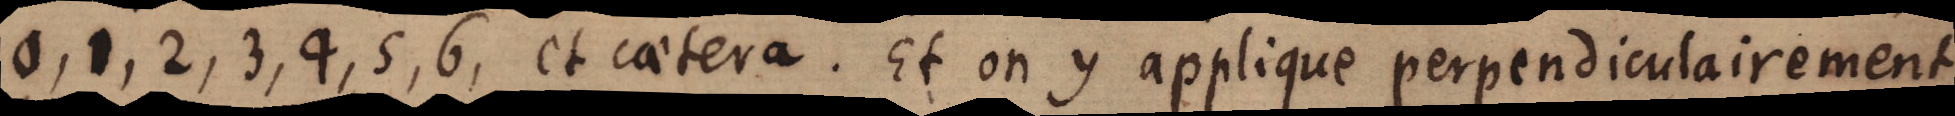
0,1,2,3, 4, 5, 6, et caetera. Et on y applique perpendiculairement